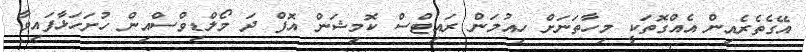
އޭގެތެރެއިން އެއްގޮތަކީ މިހާތަނަށް ހިއުމަން ރައިޓްސް ކޮމިޝަން އޮފް ދަ މޯލްޑިވްސްއިން ހުށަހަޅާފައިވާ